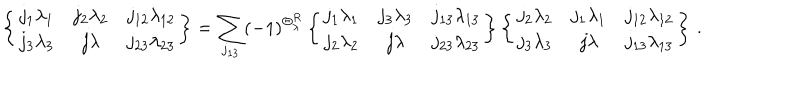
\left\{ \begin{array} { c c c } { { j _ { 1 } \lambda _ { 1 } } } & { { j _ { 2 } \lambda _ { 2 } } } & { { j _ { 1 2 } \lambda _ { 1 2 } } } \\ { { j _ { 3 } \lambda _ { 3 } } } & { { j \lambda } } & { { j _ { 2 3 } \lambda _ { 2 3 } } } \\ \end{array} \right\} = \sum _ { j _ { 1 3 } } ( - 1 ) ^ { \Theta _ { \lambda } ^ { R } } \left\{ \begin{array} { c c c } { { j _ { 1 } \lambda _ { 1 } } } & { { j _ { 3 } \lambda _ { 3 } } } & { { j _ { 1 3 } \lambda _ { 1 3 } } } \\ { { j _ { 2 } \lambda _ { 2 } } } & { { j \lambda } } & { { j _ { 2 3 } \lambda _ { 2 3 } } } \\ \end{array} \right\} \left\{ \begin{array} { c c c } { { j _ { 2 } \lambda _ { 2 } } } & { { j _ { 1 } \lambda _ { 1 } } } & { { j _ { 1 2 } \lambda _ { 1 2 } } } \\ { { j _ { 3 } \lambda _ { 3 } } } & { { j \lambda } } & { { j _ { 1 3 } \lambda _ { 1 3 } } } \\ \end{array} \right\} \, .